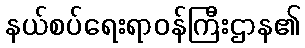
နယ်စပ်ရေးရာဝန်ကြီးဌာန၏